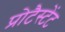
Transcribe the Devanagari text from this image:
प्रोटैस्टेंट